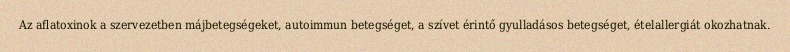
Az aflatoxinok a szervezetben májbetegségeket, autoimmun betegséget, a szívet érintő gyulladásos betegséget, ételallergiát okozhatnak.